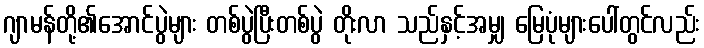
ဂျာမန်တို့၏အောင်ပွဲများ တစ်ပွဲပြီးတစ်ပွဲ တိုးလာ သည်နှင့်အမျှ မြေပုံများပေါ်တွင်လည်း